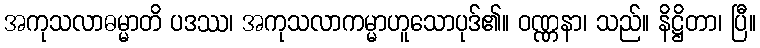
အကုသလာဓမ္မာတိ ပဒဿ၊ အကုသလာကမ္မာဟူသောပုဒ်၏။ ဝဏ္ဏနာ၊ သည်။ နိဋ္ဌိတာ၊ ပြီ။